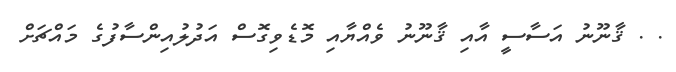
. . ޤާނޫނު އަސާސީ އާއި ޤާނޫނު ވެއްޔާއި މޮޑެވިގޮސް އަދުލުއިންސާފުގެ މައްޗަށް